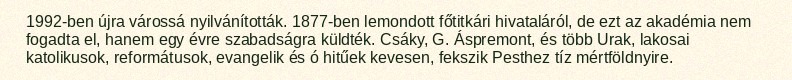
1992-ben újra várossá nyilvánították. 1877-ben lemondott főtitkári hivataláról, de ezt az akadémia nem fogadta el, hanem egy évre szabadságra küldték. Csáky, G. Áspremont, és több Urak, lakosai katolikusok, reformátusok, evangelik és ó hitűek kevesen, fekszik Pesthez tíz mértföldnyire.